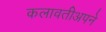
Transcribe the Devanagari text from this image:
कलावतीअपने